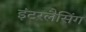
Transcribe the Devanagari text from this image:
इंटरलैसिंग